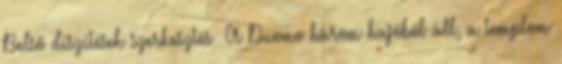
Belső díszítések szerkesztés A Duomo három hajóból áll, a templom